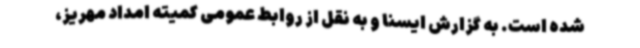
شده است. به گزارش ایسنا و به نقل از روابط عمومی کمیته امداد مهریز،